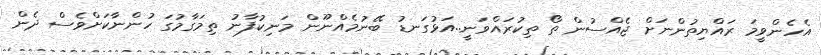
އެހެންވީމަ ރައްޔިތުންނަށް ޖެއްސުން ތޯ ތިކުރައްވަނީ..އަޅުގަނޑު ބޭނުމެއްނޫން މަނިކުފާނު ތިމަގާމުގަ ހުންނާކަށްވެސް ދެން